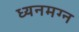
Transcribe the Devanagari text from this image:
ध्‍यनमग्‍न